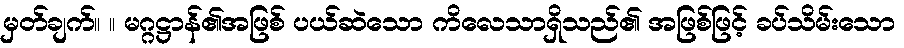
မှတ်ချက်။ ။ မဂ္ဂဋ္ဌာန်၏အဖြစ် ပယ်ဆဲသော ကိလေသာရှိသည်၏ အဖြစ်ဖြင့် ခပ်သိမ်းသော